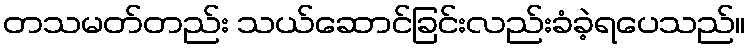
တသမတ်တည်း သယ်ဆောင်ခြင်းလည်းခံခဲ့ရပေသည်။